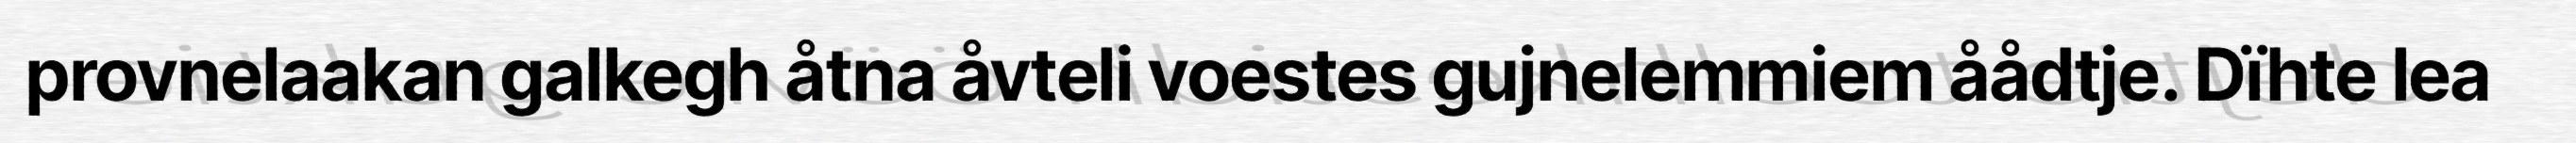
provnelaakan galkegh åtna åvteli voestes gujnelemmiem åådtje. Dïhte lea